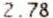
2.78